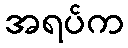
အရပ်က